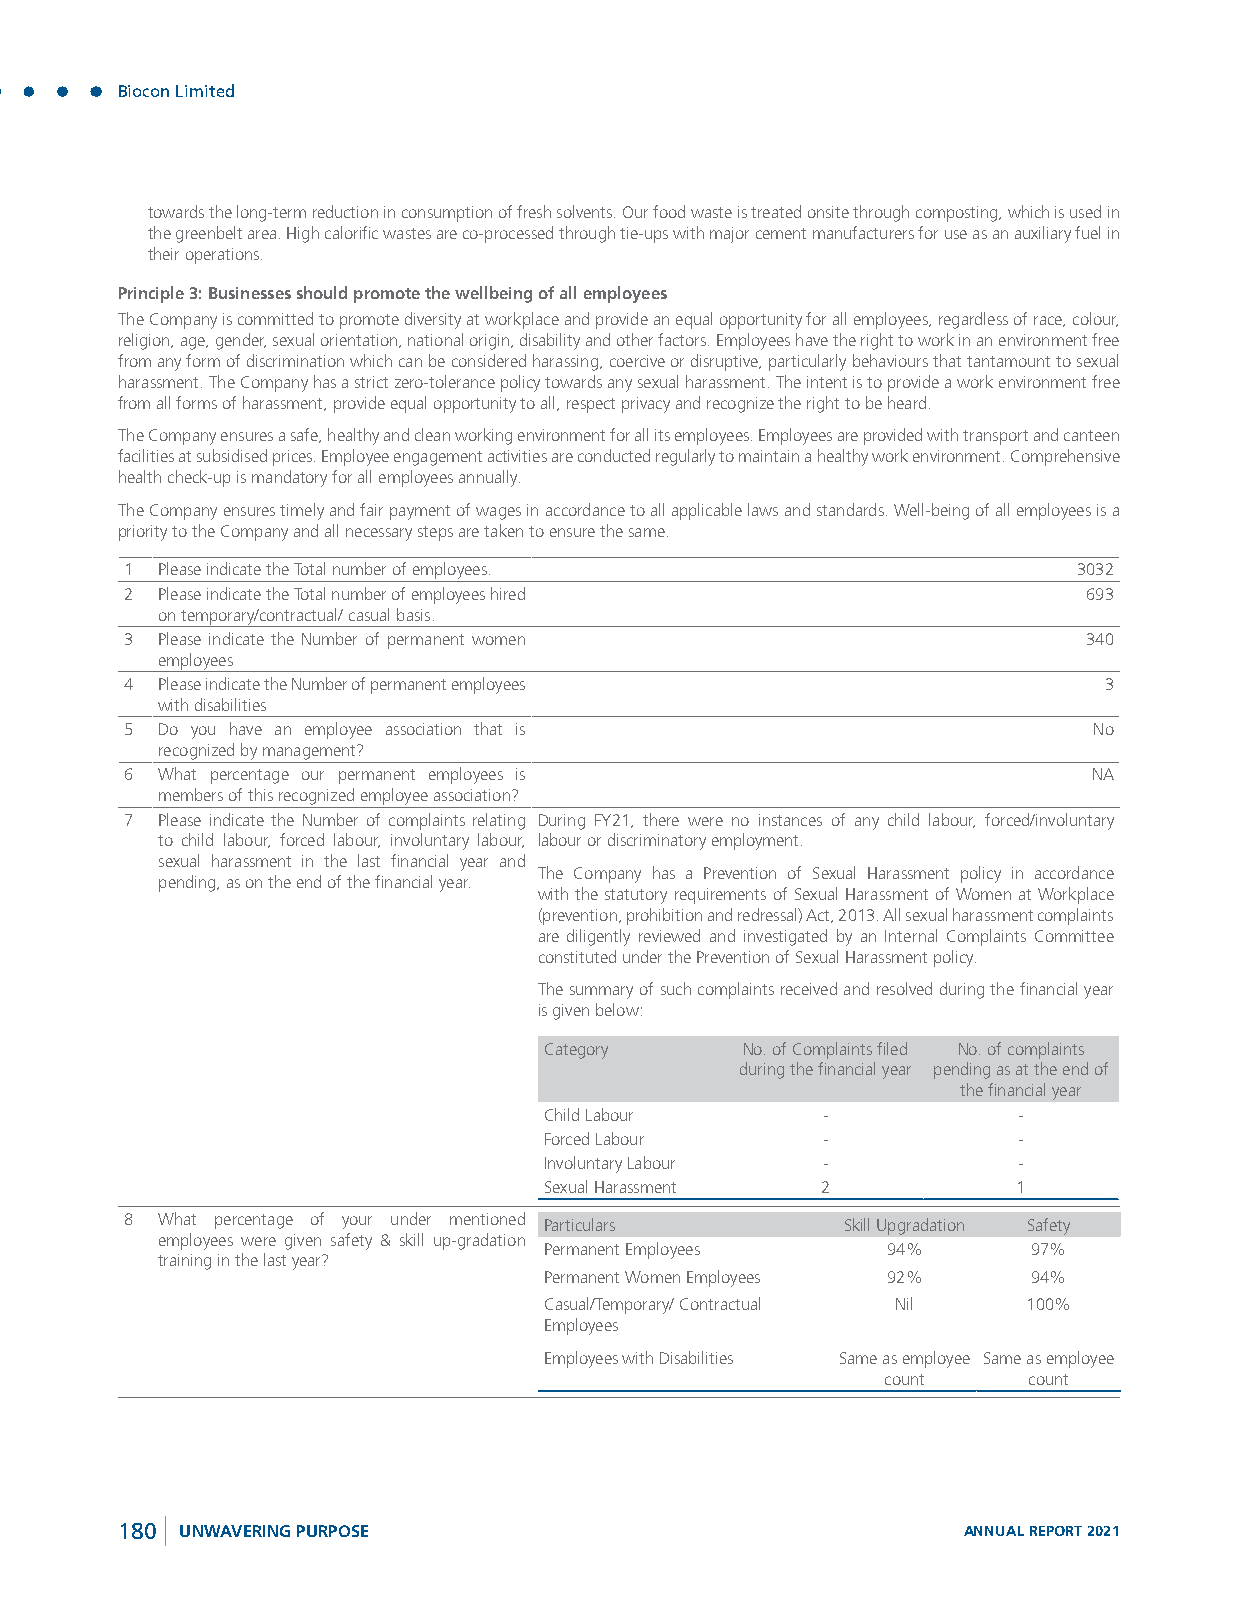
Biocon Limited
 towards the long-term reduction in consumption of fresh solvents. Our food waste is treated onsite through composting, which is used in
 the greenbelt area. High calorific wastes are co-processed through tie-ups with major cement manufacturers for use as an auxiliary fuel in
 their operations.
 Principle 3: Businesses should promote the wellbeing of all employees
 The Company is committed to promote diversity at workplace and provide an equal opportunity for all employees, regardless of race, colour,
 religion, age, gender, sexual orientation, national origin, disability and other factors. Employees have the right to work in an environment free
 from any form of discrimination which can be considered harassing, coercive or disruptive, particularly behaviours that tantamount to sexual
 harassment. The Company has a strict zero-tolerance policy towards any sexual harassment. The intent is to provide a work environment free
 from all forms of harassment, provide equal opportunity to all, respect privacy and recognize the right to be heard.
 The Company ensures a safe, healthy and clean working environment for all its employees. Employees are provided with transport and canteen
 facilities at subsidised prices. Employee engagement activities are conducted regularly to maintain a healthy work environment. Comprehensive
 health check-up is mandatory for all employees annually.
 The Company ensures timely and fair payment of wages in accordance to all applicable laws and standards. Well-being of all employees is a
 priority to the Company and all necessary steps are taken to ensure the same.
 1 Please indicate the Total number of employees.               3032
 2 Please indicate the Total number of employees hired           693
 on temporary/contractual/ casual basis.
 3 Please indicate the Number of permanent women                 340
 employees
 4 Please indicate the Number of permanent employees              3
 with disabilities
 5 Do you have an employee association that is                   No
 recognized by management?
 6 What percentage our permanent employees is                    NA
 members of this recognized employee association?
 7 Please indicate the Number of complaints relating During FY21, there were no instances of any child labour, forced/involuntary
 to child labour, forced labour, involuntary labour, labour or discriminatory employment.
 sexual harassment in the last financial year and
 The Company has a Prevention of Sexual Harassment policy in accordance
 pending, as on the end of the financial year.
 with the statutory requirements of Sexual Harassment of Women at Workplace
 (prevention, prohibition and redressal) Act, 2013. All sexual harassment complaints
 are diligently reviewed and investigated by an Internal Complaints Committee
 constituted under the Prevention of Sexual Harassment policy.
 The summary of such complaints received and resolved during the financial year
 is given below:
 Category     No. of Complaints filed No. of complaints
 during the financial year pending as at the end of
 the financial year
 Child Labour      -            -
 Forced Labour     -            -
 Involuntary Labour -           -
 Sexual Harassment 2            1
 8 What percentage of your under mentioned Particulars Skill Upgradation Safety
 employees were given safety & skill up-gradation
 Permanent Employees    94%      97%
 training in the last year?
 Permanent Women Employees 92%   94%
 Casual/Temporary/ Contractual Nil 100%
 Employees
 Employees with Disabilities Same as employee Same as employee
 count    count
 180 UNWAVERING PURPOSE                                  ANNUAL REPORT 2021